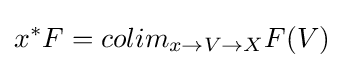
x^{*}F=colim_{x\to V\to X}F(V)